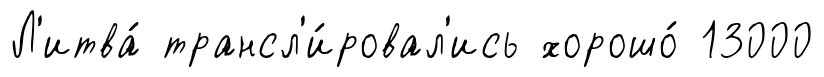
Л'итва́ трансл'и́ровал'ись хорошо́ 13000